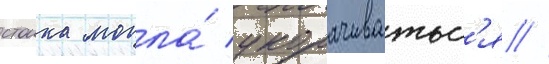
стоика могла́ укорачиватьс'я //